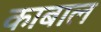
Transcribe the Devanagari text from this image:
काबाल